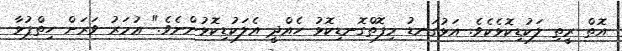
އޮތް ރީތި ލަކުޑިކޮޅެކެވެ. އަޅުގަނޑު މިފޮތްގޮނޑިކޮޅު ހެއްދީ އެލަކުޑިކޮޅުންނެވެ." ޢުމަރު ވަރަށް ހިތްޕުޅާ